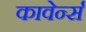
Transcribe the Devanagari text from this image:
कावेर्न्स